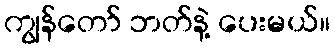
ကျွန်တော် ဘတ်နဲ့ ပေးမယ်။